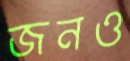
জনও